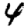
Digit: 4